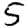
Digit: 5